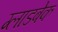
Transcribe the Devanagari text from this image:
ग्लाडबेक